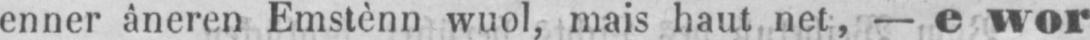
enner âneren Emstènn wuol, mais haut net, - e wor